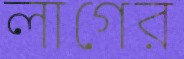
লাগের